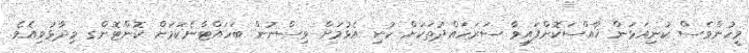
މީހުންވެސް ކުނިއަޅަން ޚާއްސަކޮށްފައިވާ ސަރަހައްދުތަކަށް ކުނި އެޅުމަށް ވިސްނުން ބަހައްޓާނެކަމަށް ކޮންޓޮންގ ވިދާޅުވިއެވެ.